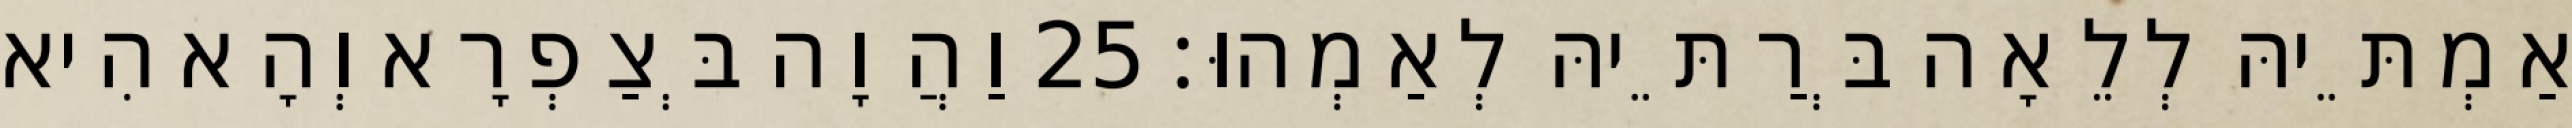
אַמְתֵּיהּ לְלֵאָה בְּרַתֵּיהּ לְאַמְהוּ׃ 25 וַהֲוָה בְּצַפְרָא וְהָא הִיא